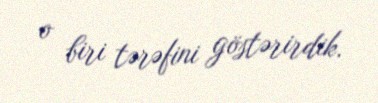
o biri tərəfini göstərirdik.